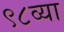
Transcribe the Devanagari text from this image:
९८व्या